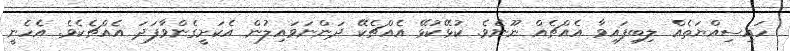
ހައިސިއްޔަތެއް ލިބިފައިވާ އެއްޗެއް ނޫނެވެ. ކުޅޭކުޅޭ އެއްޗެކޭ ދަންނަވައިލުން އެކަށީގެންވާފަދަ އެއްޗެކެވެ. އެހެނީ